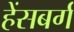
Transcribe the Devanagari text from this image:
हेंसबर्ग